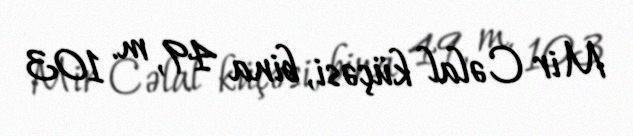
Mir Cəlal küçəsi, bina 49, m. 103